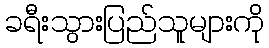
ခရီးသွားပြည်သူများကို